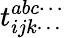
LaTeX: t_{ijk\cdots}^{abc\cdots}